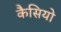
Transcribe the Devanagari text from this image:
कैसियो